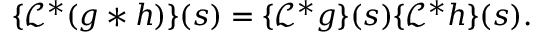
\{ { \mathcal { L } } ^ { * } ( g * h ) \} ( s ) = \{ { \mathcal { L } } ^ { * } g \} ( s ) \{ { \mathcal { L } } ^ { * } h \} ( s ) .